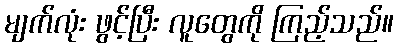
မျက်လုံး ဖွင့်ပြီး လူတွေကို ကြည့်သည်။